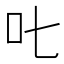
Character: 𠮟